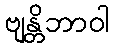
ဗျန္တိဘာဝါ